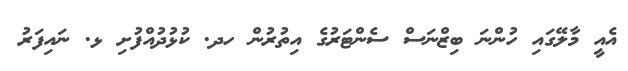
އެއީ މާލޭގައި ހުންނަ ބިޒްނަސް ސެންޓަރުގެ އިތުރުން ހދ. ކުޅުދުއްފުށި ޅ. ނައިފަރު